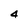
Character: 4